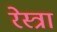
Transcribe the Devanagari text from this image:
रेस्त्रा